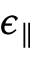
\epsilon _ { \parallel }